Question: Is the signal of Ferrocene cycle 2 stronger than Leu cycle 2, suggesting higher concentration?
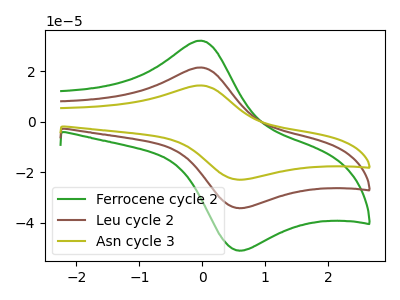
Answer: <think>The green curve "Ferrocene cycle 2" has an anodic peak at (-0.05V, 32.20uA) and a cathodic peak at (0.55V, -50.85uA). The brown curve "Leu cycle 2" has an anodic peak at (-0.05V, 21.60uA) and a cathodic peak at (0.55V, -34.05uA). The olive curve "Asn cycle 3" has an anodic peak at (-0.05V, 43.15uA) and a cathodic peak at (0.55V, -68.15uA).
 All the peaks in "Ferrocene cycle 2" have a peak in "Leu cycle 2" at the same potential. Every peak in "Ferrocene cycle 2" is higher than every peak in "Leu cycle 2".</think>
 <answer>"Ferrocene cycle 2" has more signal than "Leu cycle 2" and so likely has a higher concentration.</answer>
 <eval>more_concentration</eval>